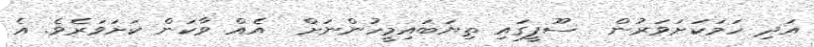
އަދި ހަމަކަށަވަރުން  ސޫފީގައި ތިޔަބައިމީހުންނަށް  އެއް ވާކަން ކަށަވަރެވެ. އެ